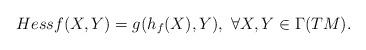
LaTeX: \begin{align*}Hessf (X,Y) = g(h_f(X), Y),~\forall X, Y \in \Gamma(TM).\end{align*}